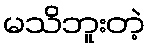
မသိဘူးတဲ့